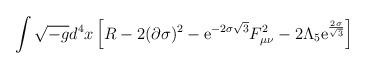
LaTeX: \begin{align*}\int \sqrt{-g} d^4 x \, \Big[ R - 2 (\partial \sigma)^2- {\rm e}^{-{2 \sigma\sqrt{3}}} F_{\mu\nu}^2- 2 \Lambda_5 {\rm e}^{{2 \sigma\over\sqrt{3}}} \Big]\end{align*}